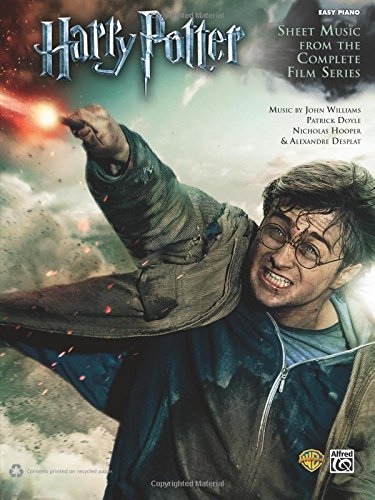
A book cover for Harry Potter -- Sheet Music from the Complete Film Series: Easy Piano; John Williams; Arts & Photography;